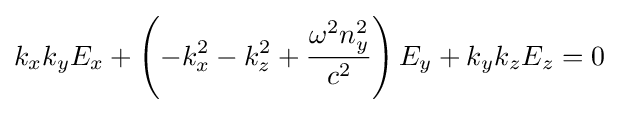
k_{x}k_{y}E_{x}+\left(-k_{x}^{2}-k_{z}^{2}+{\frac {\omega ^{2}n_{y}^{2}}{c^{2}}}\right)E_{y}+k_{y}k_{z}E_{z}=0